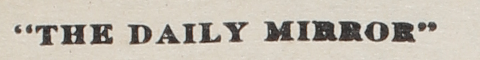
"THE DAILY MIRROR"